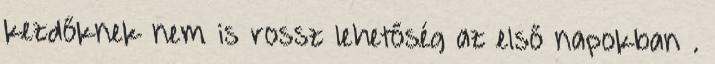
kezdőknek nem is rossz lehetőség az első napokban .